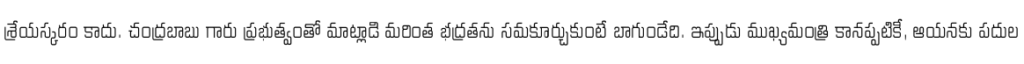
శ్రేయస్కరం కాదు. చంద్రబాబు గారు ప్రభుత్వంతో మాట్లాడి మరింత భద్రతను సమకూర్చుకుంటే బాగుండేది. ఇప్పుడు ముఖ్యమంత్రి కానప్పటికీ, ఆయనకు పదుల